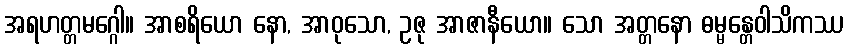
အရဟတ္တမဂ္ဂေါ။ အာစရိယော နော, အာဝုသော, ဥဇု အာဇာနီယော။ သော အတ္တနော ဓမ္မန္တေဝါသိကဿ